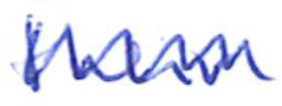
Text: their
Cross-out: zig-zag
Writing tool: ballpoint